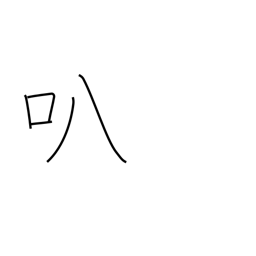
Meaning: open